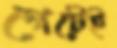
গেটেই